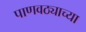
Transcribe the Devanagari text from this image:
पाणवठ्याच्या